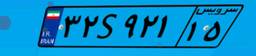
۳۶S۰۹۳۶۴